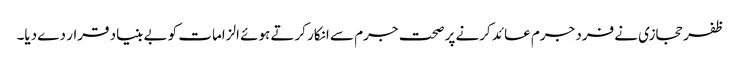
ظفر حجازی نے فرد جرم عائد کرنے پر صحت جرم سے انکار کرتے ہوئے الزامات کو بے بنیاد قرار دے دیا۔